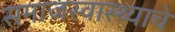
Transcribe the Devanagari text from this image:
समाजस्वास्थ्याचे